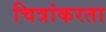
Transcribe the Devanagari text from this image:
चित्रांकरता